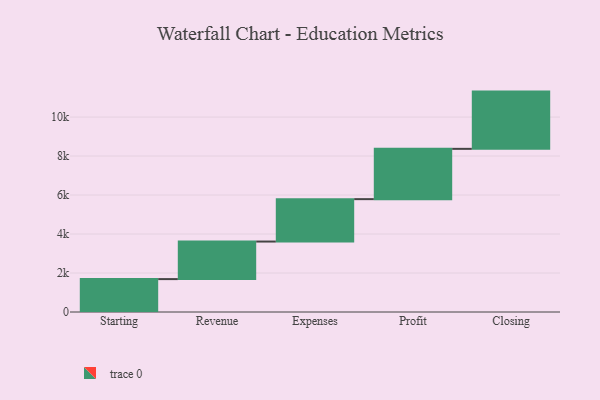
{"axis": {"x": "Step", "y": "Value"}, "legend": [""], "data": [{"x": "Starting", "y": 1688.0, "type": ""}, {"x": "Revenue", "y": 1926.0, "type": ""}, {"x": "Expenses", "y": 2176.0, "type": ""}, {"x": "Profit", "y": 2580.0, "type": ""}, {"x": "Closing", "y": 2937.0, "type": ""}]}